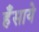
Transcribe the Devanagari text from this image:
हँसाये